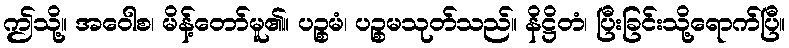
ဤသို့။ အဝေါစ၊ မိန့်တော်မူ၏။ ပဉ္စမံ၊ ပဉ္စမသုတ်သည်။ နိဋ္ဌိတံ၊ ပြီးခြင်းသို့ရောက်ပြီ။